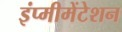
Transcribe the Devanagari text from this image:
इंप्मीमेंटेशन